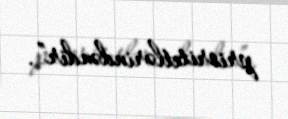
prioritetlərindəndir”.